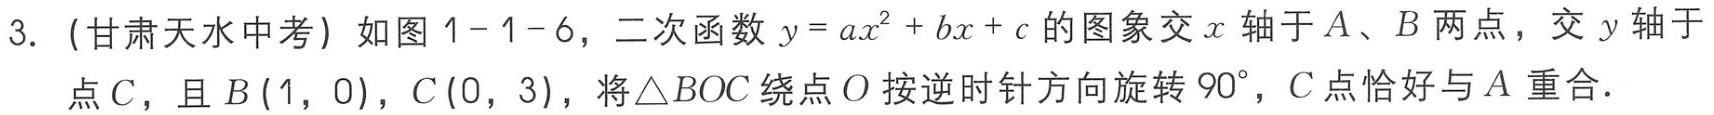
3. (甘肃天水中考) 如图1 - 1 - 6，二次函数\(y = ax^{2}+bx + c\)的图象交\(x\)轴于\(A\)、\(B\)两点，交\(y\)轴于点\(C\)，且\(B(1,0)\)，\(C(0,3)\)，将\(\triangle BOC\)绕点\(O\)按逆时针方向旋转\(90^{\circ}\)，\(C\)点恰好与\(A\)重合．